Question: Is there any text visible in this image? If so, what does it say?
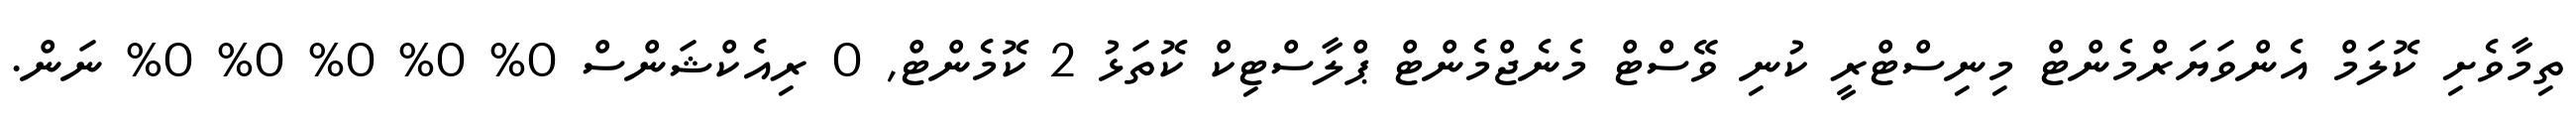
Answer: ތިމާވެށި ކޮލަމް އެންވަޔަރްމެންޓް މިނިސްޓްރީ ކުނި ވޭސްޓް މެނެޖްމެންޓް ޕްލާސްޓިކް ކޮތަޅު 2 ކޮމެންޓް, 0 ރިއެކްޝަންސް 0% 0% 0% 0% 0% ނަން.